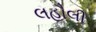
લહૌલી